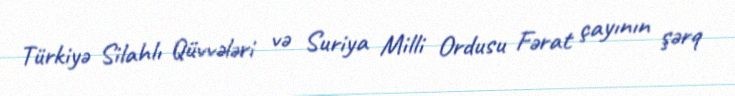
Türkiyə Silahlı Qüvvələri və Suriya Milli Ordusu Fərat çayının şərq